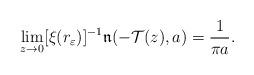
LaTeX: \begin{align*} \lim_{z \to 0} [\xi(r_\varepsilon )]^{-1}\mathfrak{n}(-\mathcal{T}(z), a ) = \frac 1{\pi a} . \end{align*}